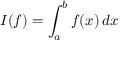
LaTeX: I ( f ) = \int _ { a } ^ { b } f ( x ) \, d x